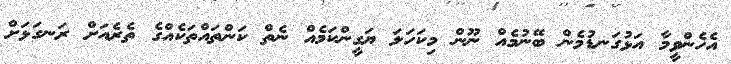
އެހެންވީމާ އަޅުގަނޑުމެން ބޭނުމެއް ނޫން މިކަހަލަ ޔަގީންކަމެއް ނެތް ކަންތައްތަކެއްގެ ތެރެއަށް ރަނގަޅަށް